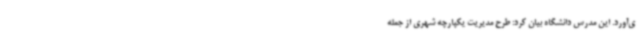
ی‌آورد. این مدرس دانشگاه بیان کرد: طرح مدیریت یکپارچه شهری از جمله